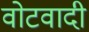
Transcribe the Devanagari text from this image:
वोटवादी